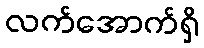
လက်အောက်ရှိ